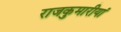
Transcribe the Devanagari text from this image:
राजकुमारीयां